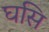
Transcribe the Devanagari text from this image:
घसि